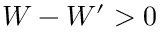
W - W ^ { \prime } > 0